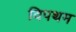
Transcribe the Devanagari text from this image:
विपथम